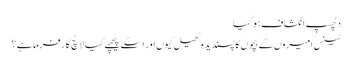
دلچسپ انکشاف ہو گیا
ٹینس امیروں کے بچوں کا پسندیدہ کھیل کیوں اور اسکے پیچھے کیا لالچ کارفرما ہے ؟